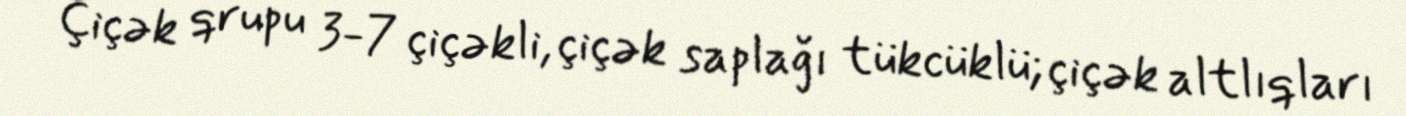
Çiçək qrupu 3-7 çiçəkli, çiçək saplağı tükcüklü; çiçək altlıqları